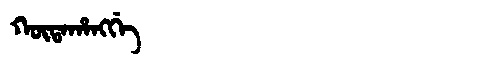
Manchu: ᡴᡡᡨᠠᡥᠠᠩᡤᡝ
Romanization: KŪTAHANGGE